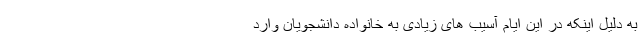
به دلیل اینکه در این ایام آسیب های زیادی به خانواده دانشجویان وارد